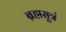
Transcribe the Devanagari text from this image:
ब्रह्मसूत्रं